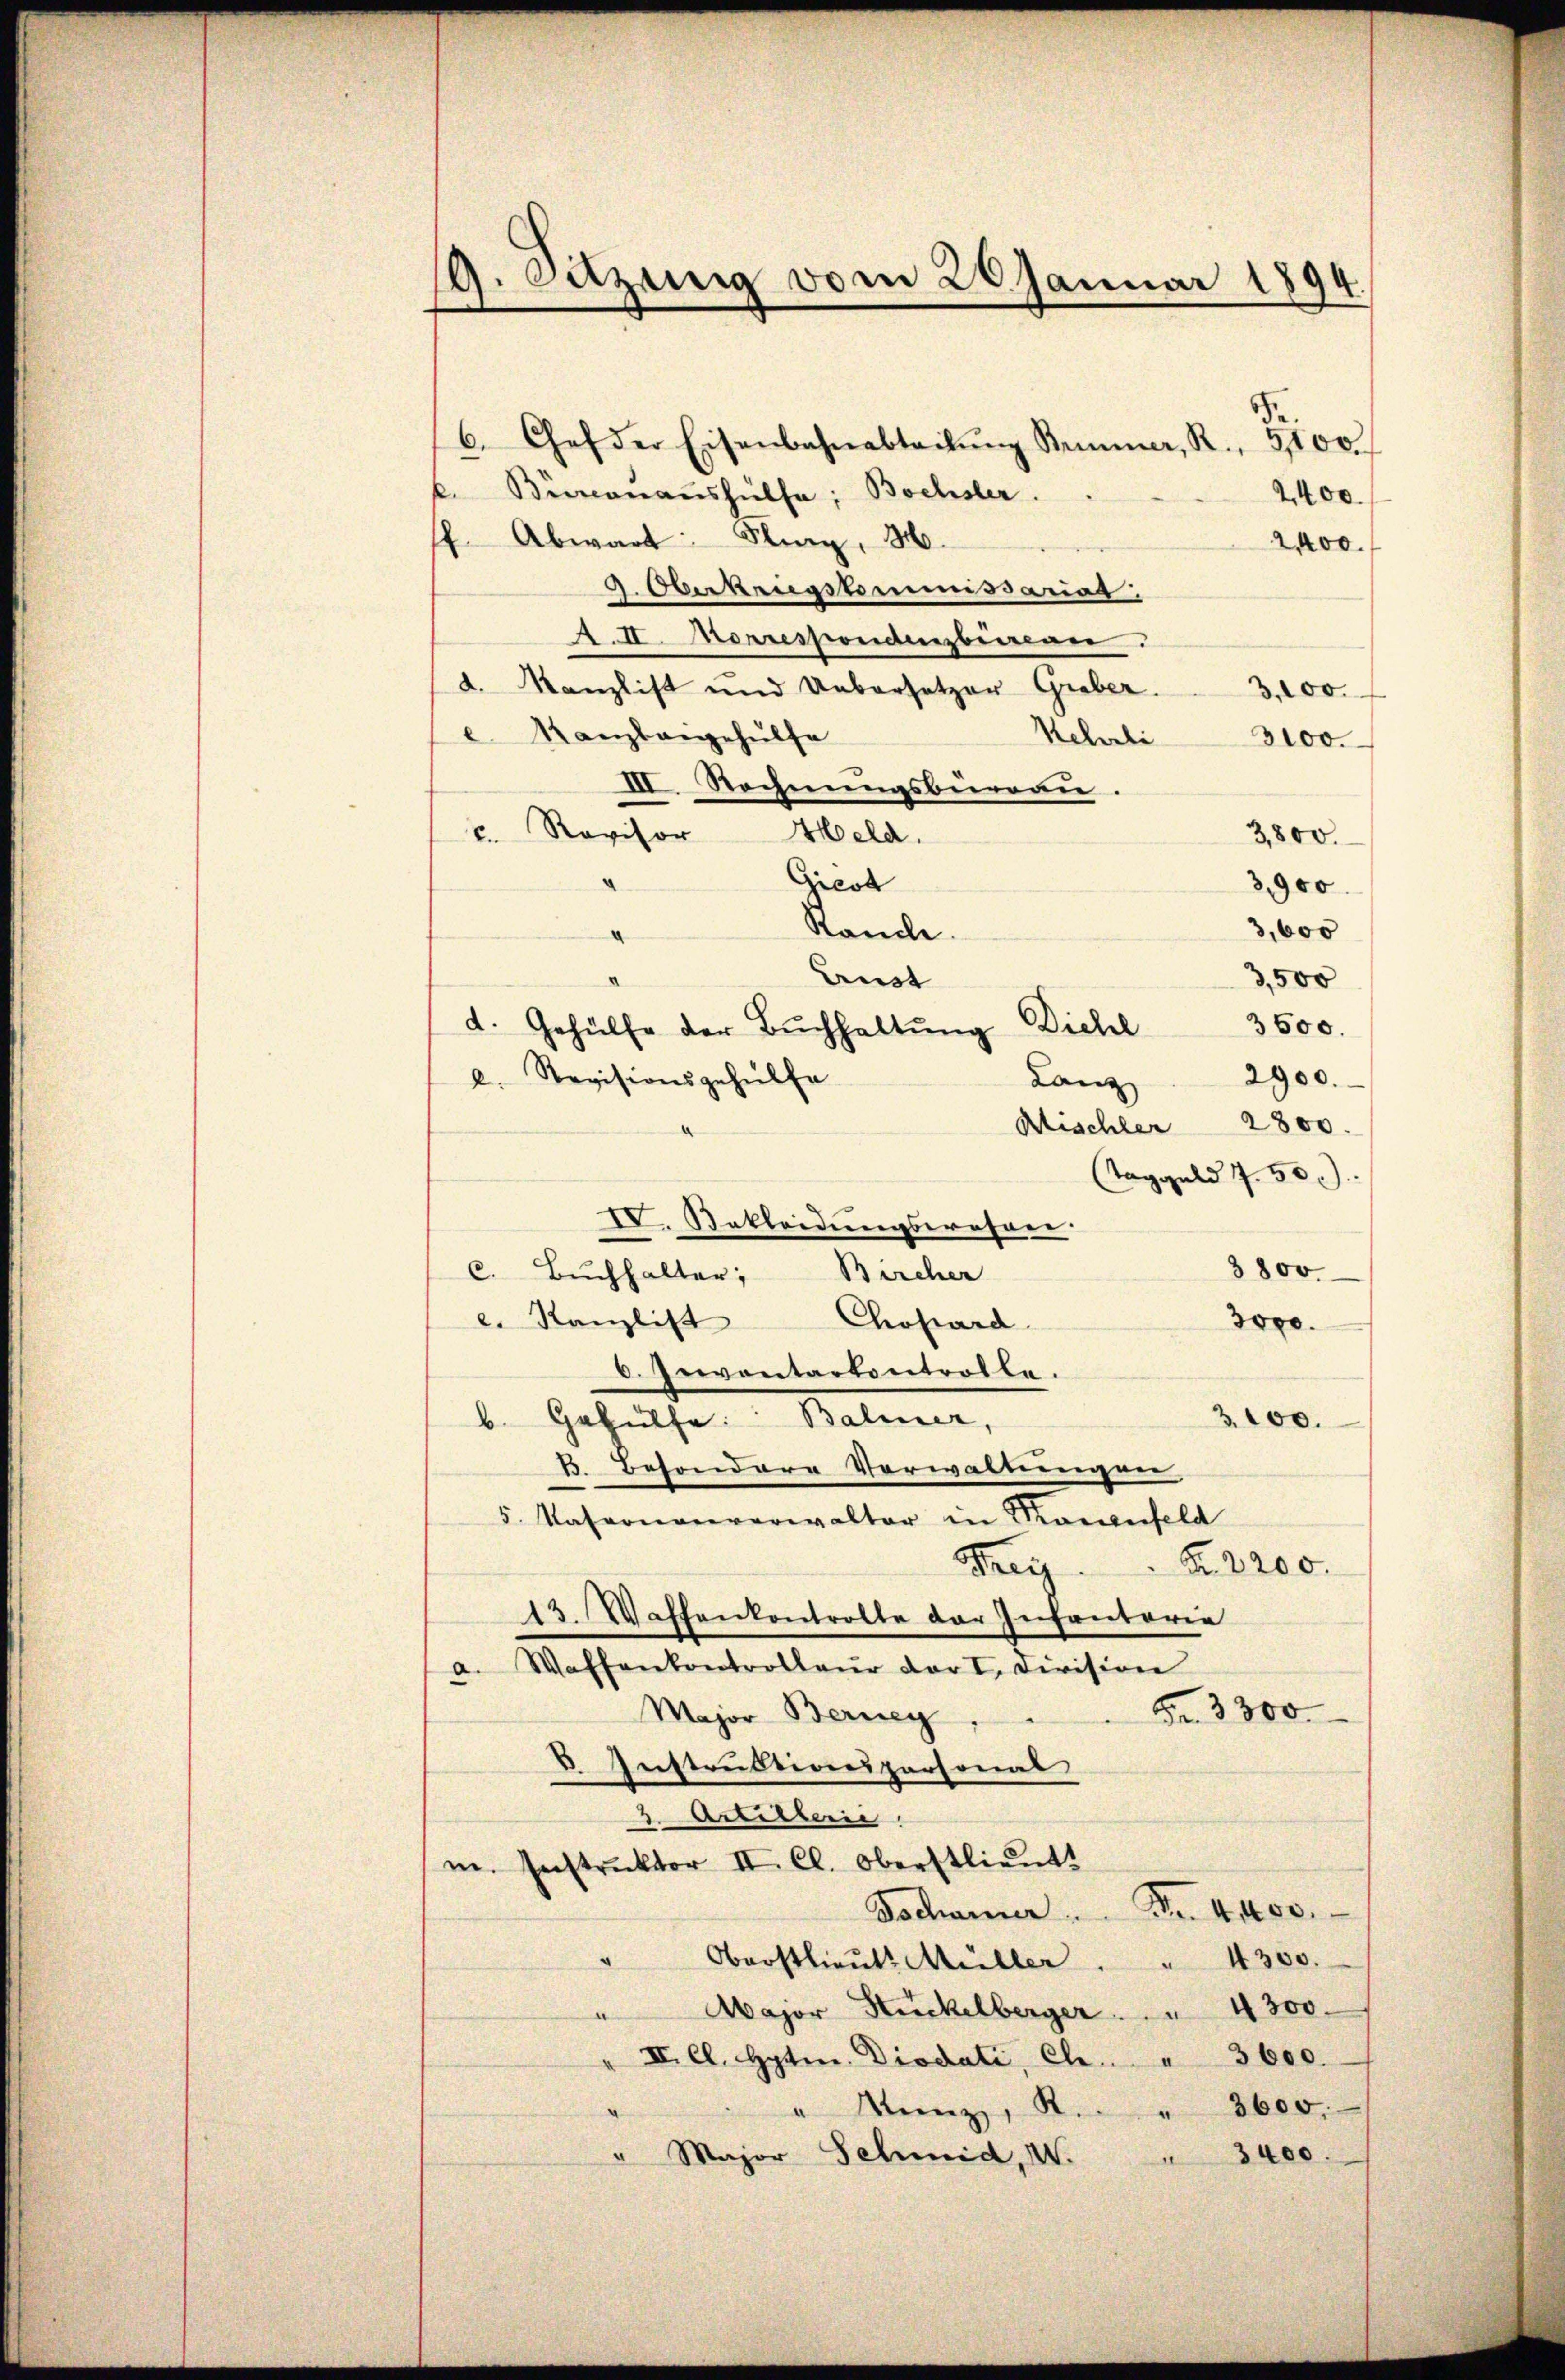
9. Setzung vom 20. Januar 1894.

6. Chef der Eisenbahnabteilŭng Simmer, R. 500
k. Biccanaŭshülfe; Bochsler.
2400.
ff Abwart. Kunz, M.
2,400
3. Oberkriegskommissariat
A.II. Morrespondenzbureau.
d. Kanzlist und Uebersetzer Greber.
3,100.
e. Kanzlangehülfe
Rehrli 3100.
III. Rechnungsbureau.
c. Revisor Meld.
3,800.
Gicot
3,900.
Stande
3,600
Aust
3,500
Dickel
3600.
d. Gehülfe der Bŭchhaltŭng
2900.
e. Revisionsgehülfe
Lanz
Kischler 2800.
Taggeld 7. 50.
IV. Bekleidungswahren.
3800.
c. Buchhalter, Bircher
e. Kanzlist Chopard
3000.
C. Inventartontrolle.
b. Gehülfe. Baliner,
3.000.
B. Besondere Vorwaltungen
5. Matronenverwalter in Kornfeld
Seiz
R. 3200.
13. Waffenkontrolle der Infantaria
a. Waffenkontrolleur der I. Civision
Fr. 3300
Major Berney,
V. Instruktionspersonal
2. Artillerie
m. Instruktor II. Cl. Oberstlieut.
Tscharner Fr. 4400.
Oberstlieŭt. Müller " " 4300.
2
Major Huckelberger . . . 4300.
II. Cl. Hoten. Diodati, Ch. " 3600.
3600.
Manz, R.
" Major Schmid, W. " 3400.